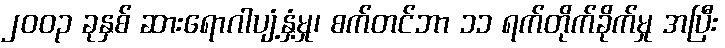
၂၀၀၃ ခုနှစ် ဆားရောဂါပျံ့နှံ့မှု၊ စက်တင်ဘာ ၁၁ ရက်တိုက်ခိုက်မှု အပြီး